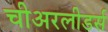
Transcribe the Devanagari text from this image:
चीअरलीडर्स